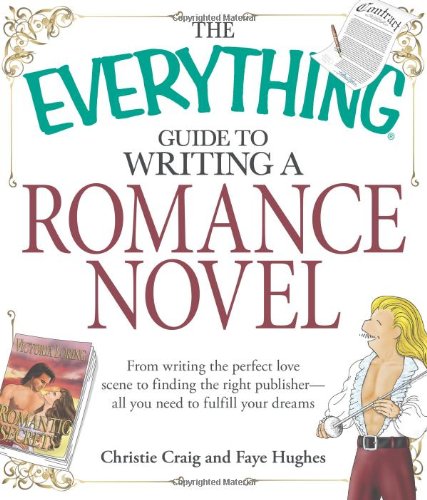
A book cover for The Everything Guide to Writing a Romance Novel: From writing the perfect love scene to finding the right publisher--All you need to fulfill your dreams; Christie Craig; Romance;